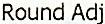
ROUND ADJ